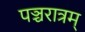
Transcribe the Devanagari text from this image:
पञ्चरात्रम्‌